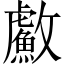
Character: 䱷